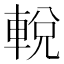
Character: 𨌔